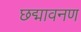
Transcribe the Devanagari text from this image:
छद्मावनण